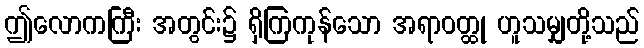
ဤလောကကြီး အတွင်း၌ ရှိကြကုန်သော အရာဝတ္ထု ဟူသမျှတို့သည်